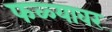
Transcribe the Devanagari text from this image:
फळ्यावर